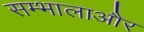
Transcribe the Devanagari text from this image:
सम्भालाऔर